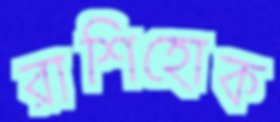
রাশিহোক